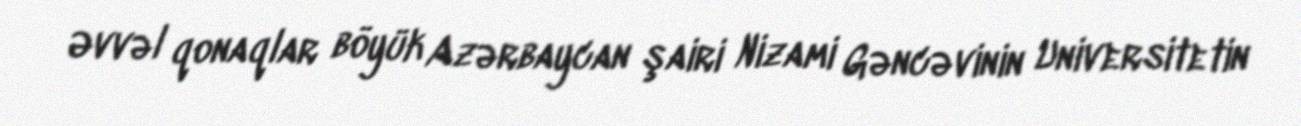
Əvvəl qonaqlar böyük Azərbaycan şairi Nizami Gəncəvinin Universitetin